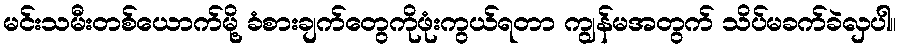
မင်းသမီးတစ်ယောက်မို့ ခံစားချက်တွေကိုဖုံးကွယ်ရတာ ကျွန်မအတွက် သိပ်မခက်ခဲလှပါ။